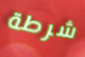
شرطة